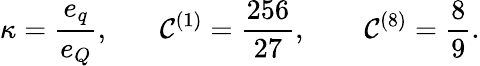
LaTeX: \kappa=\frac{e_{q}}{e_{Q}},~~~~~~~{\cal C}^{(1)}=\frac{256}{27},~~~~~~~~{\cal C}^{(8)}=\frac{8}{9}.